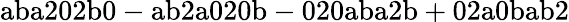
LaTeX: \mathrm{aba202b0-ab2a020b-020aba2b+02a0bab2}